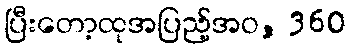
ပြီးတော့ထုအပြည့်အဝ, 360